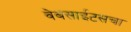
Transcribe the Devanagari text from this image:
वेबसाईटसचा